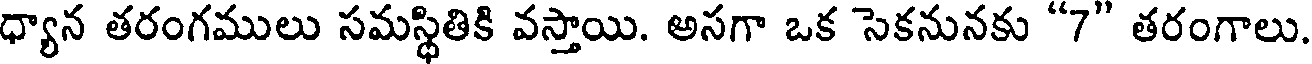
ధ్యాన తరంగములు సమస్థితికి వస్తాయి. అసగా ఒక సెకనునకు "7" తరంగాలు.